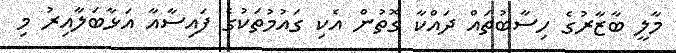
މާލީ ބާޒާރުގެ ހިސާބުތައް ދައްކާ ގޮތުން އެކި ގައުމުތަކުގެ ފައިސާއާ އަޅާބަލާއިރު މި